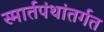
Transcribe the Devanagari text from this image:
स्मार्तपंथांतर्गत